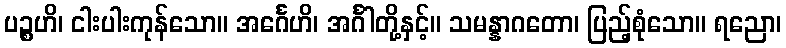
ပဉ္စဟိ၊ ငါးပါးကုန်သော။ အင်္ဂေဟိ၊ အင်္ဂါတို့နှင့်။ သမန္နာဂတော၊ ပြည့်စုံသော။ ရညော၊